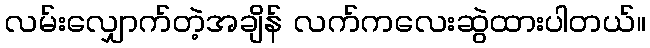
လမ်းလျှောက်တဲ့အချိန် လက်ကလေးဆွဲထားပါတယ်။